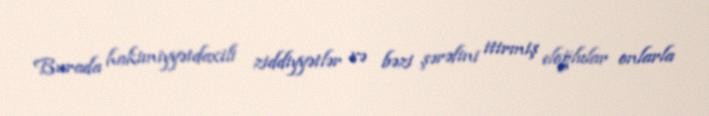
Burada hakimiyyətdaxili ziddiyyətlər və bəzi şərəfini itirmiş eloğlular onlarla